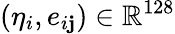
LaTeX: (\eta_{i},e_{i\mathbf{j}})\in\mathbb{{R}}^{128}